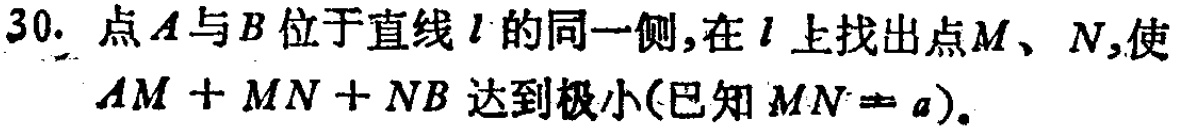
30. 点\(A\)与\(B\)位于直线\(l\)的同一侧,在\(l\)上找出点\(M\)、\(N\),使\(AM + MN + NB\)达到极小(已知\(MN = a\))。